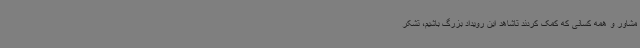
مشاور و همه کسانی که کمک کردند تاشاهد این رویداد بزرگ باشیم، تشکر